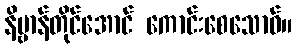
နိဗ္ဗာန်တိုင်အောင် ကောင်းစေသောဝ်။